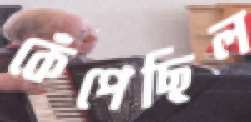
কেঁপেছিল